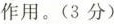
作用。（3分）